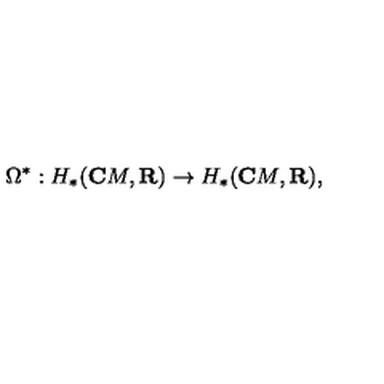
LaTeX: \Omega ^ { \ast } : H _ { \ast } ( { \bf C } M , { \bf R } ) \rightarrow H _ { \ast } ( { \bf C } M , { \bf R } ) ,